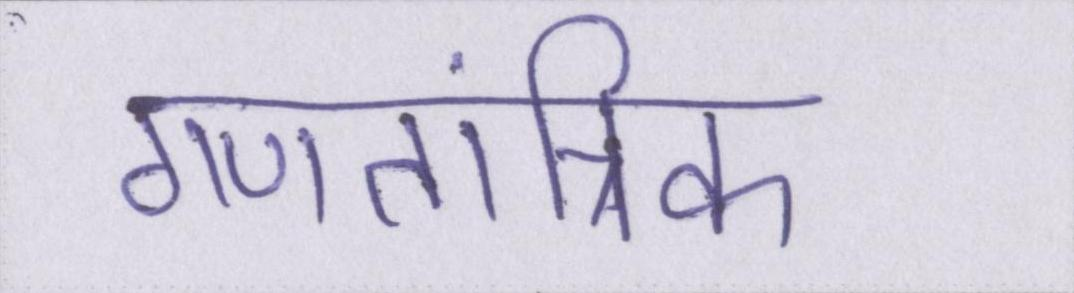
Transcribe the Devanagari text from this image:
गणतांत्रिक